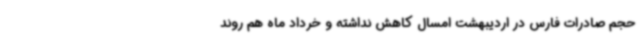
حجم صادرات فارس در اردیبهشت امسال کاهش نداشته و خرداد ماه هم روند